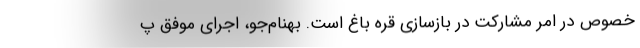
خصوص در امر مشارکت در بازسازی قره باغ است. بهنام‌جو، اجرای موفق پ